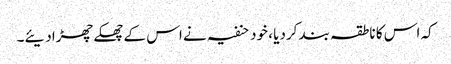
کہ اس کا ناطقہ بند کردیا ، خود حنفیہ نے اس کے چھکے چھڑادیئے۔